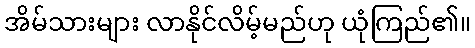
အိမ်သားများ လာနိုင်လိမ့်မည်ဟု ယုံကြည်၏။